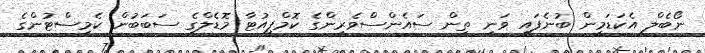
ނޯބެލް އެކަޑަމީން ބުނެފައި ވަނީ ތިން ސައެންސްވެރިންގެ ކޮމްޕިއުޓާ މޮޑެލްގެ ސަބަބުން ކެމިސްޓުންގެ